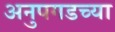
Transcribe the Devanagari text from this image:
अनुपगडच्या